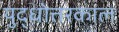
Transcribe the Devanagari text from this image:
युद्धोत्तरकाल